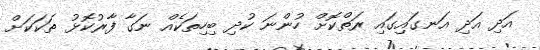
އަދި އަދި އަނގައިގައި ރަތްކޮށް ހުންނަ ކުދި ބިހިތަކެއް ނަގާ ފާރުކޮޅު ތަކަކަށް